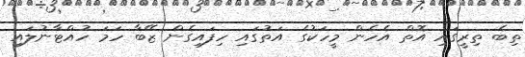
ތިބެ ތިރީގައި އޮތް އެހެން މީހަކުގެ އަތުގައި ހިފައިގެން ޒޭބާ ހަމަ ހުއްޓާނުލައި